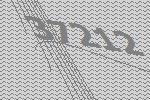
37212